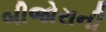
બીજોરાની